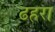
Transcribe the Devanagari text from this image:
ढहरा